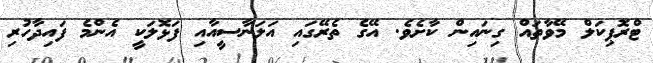
ޓްރޮޕިކަލް މޭވާތައް ގިނައިން ކާށެވެ. އޭގެ ތެރޭގައި އަލަނާސީއާއި ފަޅޮލަކީ އެންމެ ފައިދާހުރި